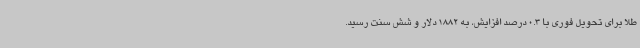
طلا برای تحویل فوری با 0.3 درصد افزایش، به 1882 دلار و شش سنت رسید.